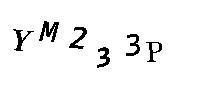
YM233P